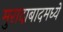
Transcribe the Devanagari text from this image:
मुरादाबादमध्ये